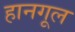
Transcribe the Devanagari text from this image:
हानगूल